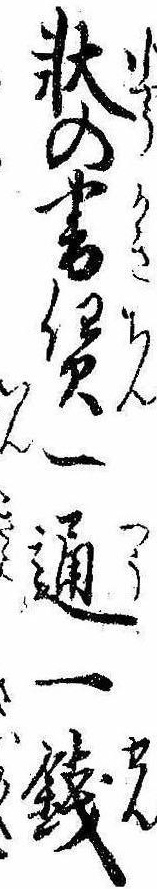
状の書賃一通一銭